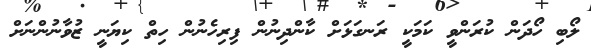
ލޯބި ހޯދަން ކުރަންވީ ކަމަކީ ރަނގަޅަށް ކާންދިނުން ފިރިހެނުން ހިތް ކިޔަނީ ޒުވާނުންނަށް